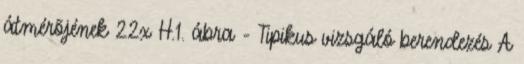
átmérõjének 22x H.1. ábra - Tipikus vizsgáló berendezés A